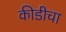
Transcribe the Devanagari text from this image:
कीडीचा